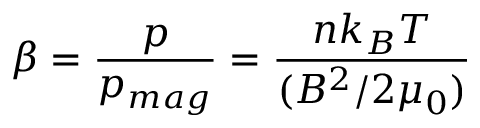
\beta = { \frac { p } { p _ { m a g } } } = { \frac { n k _ { B } T } { ( B ^ { 2 } / 2 \mu _ { 0 } ) } }